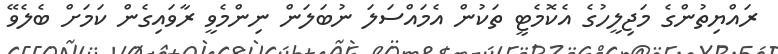
ރައްޔިތުންގެ މަޖިލީހުގެ އެކޮމެޓީ ތަކުން އެމައްސަލަ ނުބަލަން ނިންމެވީ ރާވައިގެން ކަމަށް ބެލެވޭ